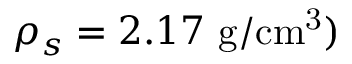
\rho _ { s } = 2 . 1 7 ~ \mathrm { g / c m ^ { 3 } } )